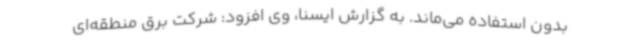
بدون استفاده می‌ماند. به گزارش ایسنا، وی افزود: شرکت برق منطقه‌ای